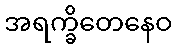
အရက္ခိတေနေဝ